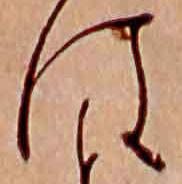
は